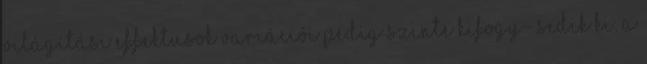
világítási effektusok variációi pedig szinte kifogy- sedik ki, a